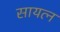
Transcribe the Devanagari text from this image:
सायत्न